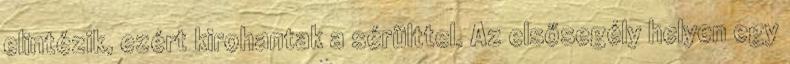
elintézik, ezért kirohantak a sérülttel. Az elsősegély helyen egy